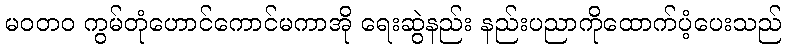
မဝတ၀ ကွမ်တုံဟောင်ကောင်မကာအို ရေးဆွဲနည်း နည်းပညာကိုထောက်ပံ့ပေးသည်